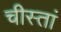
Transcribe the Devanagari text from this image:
चीस्तां